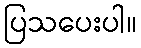
ပြသပေးပါ။